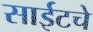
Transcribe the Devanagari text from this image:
साईटचे